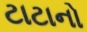
ટાટાનો